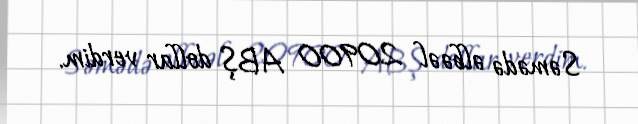
Səmədə əlbəəl 20900 ABŞ dollar verdim.